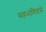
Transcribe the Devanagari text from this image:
सहभागितासे